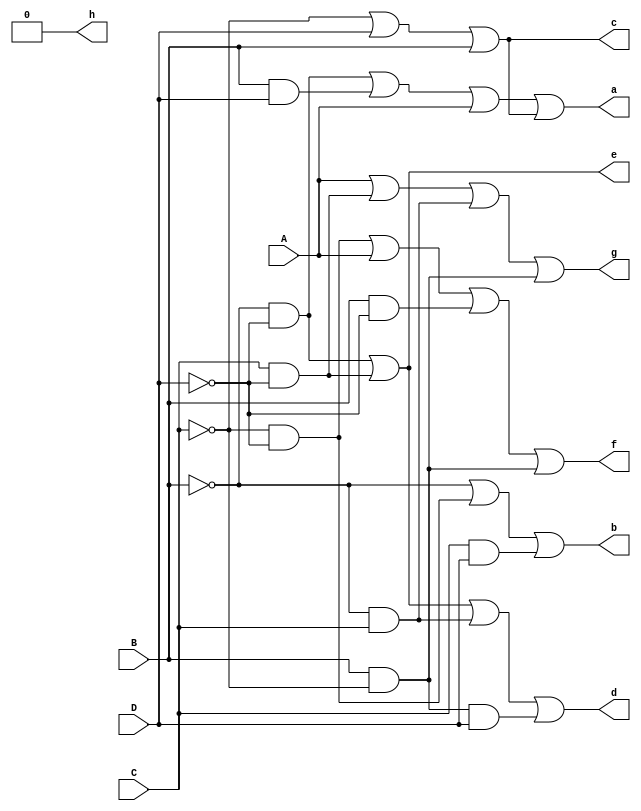
module sevenSegmentDisplayDecoder (
	input A, B, C, D,
	output a, b, c, d, e, f, g, h
);


assign a = (~B & ~D) | (B & D) | A | c,
		 b = ~B | (~C & ~D) | (C & D),
		 c = ~C | D | B,
		 d = (~B & ~D) | (C & ~D) | (~B & C) | (B & ~C & D),
		 e = (~B & ~D) | (C & ~D),
		 f = (~C & ~D) | A | (B & ~D) | (B & ~C),
		 g = A | (C & ~D) | (~B & C) | (B & ~C),
		 h = 0;
		 
endmodule